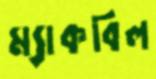
ম্যাকবিল